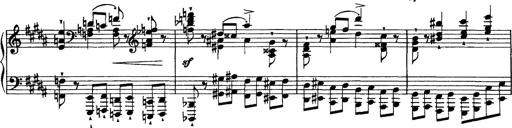
Title: Piano Sonata
Composer: Karl HÃ¤ssler
Key: C major